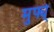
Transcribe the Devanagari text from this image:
मुर्फ्य्